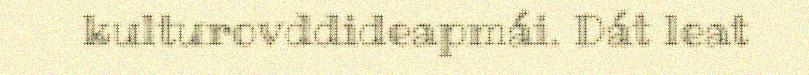
kulturovddideapmái. Dát leat